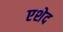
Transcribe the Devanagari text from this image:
एशेद